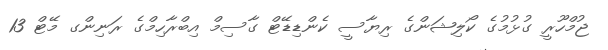
ޖުމްހޫރީ ގުޅުމުގެ ކޯލިޝަންގެ ރިޔާސީ ކެންޑިޑޭޓް ގާސިމް އިބްރާހިމްގެ ރަނިންގ މޭޓް 13